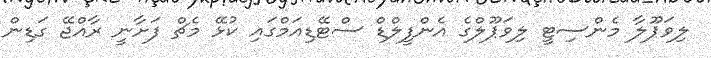
ލިވަޕޫލާ މެންސިޓީ ލިވަޕޫލްގެ އެންފީލްޑް ސްޓޭޑިއަމްގައި ކުޅޭ މެޗް ފަށާނީ ރާއްޖޭ ގަޑިން